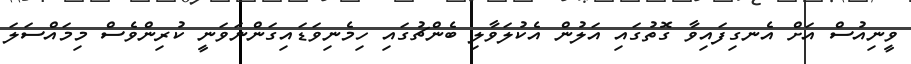
ވީނިއުސް އަށް އެނގިފައިވާ ގޮތުގައި އަލުން އެކުލަވާލި ބެންޗުގައި ހިމެނިވަޑައިގަންނަވަނީ ކުރިންވެސް މިމައްސަލަ